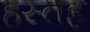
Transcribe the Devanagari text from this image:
हस्तह